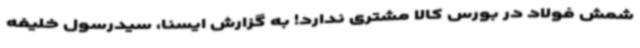
شمش فولاد در بورس کالا مشتری ندارد! به گزارش ایسنا، سیدرسول خلیفه